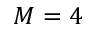
M = 4